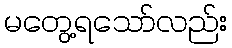
မတွေ့ရသော်လည်း